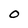
Character: O